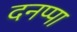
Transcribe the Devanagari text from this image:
दनप्पा